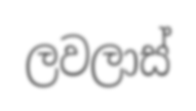
ලවලාස්